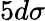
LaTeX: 5d\sigma